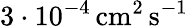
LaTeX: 3\cdot 10^{-4}\, \mathrm{cm^{2}\, s^{-1}}